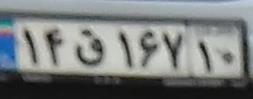
۱۴ق۱۶۷۱۰